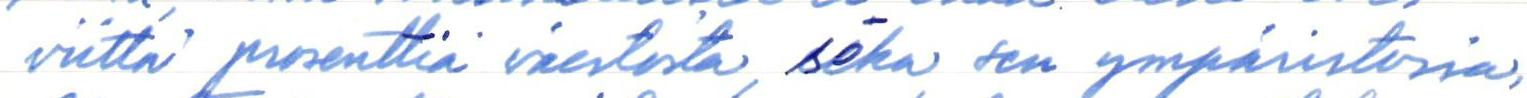
viittä prosenttia väestöstä, sekä sen ympäristössa,